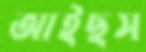
আইছস